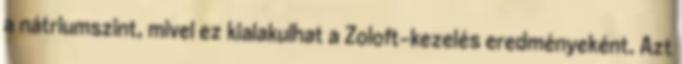
a nátriumszint, mivel ez kialakulhat a Zoloft-kezelés eredményeként. Azt